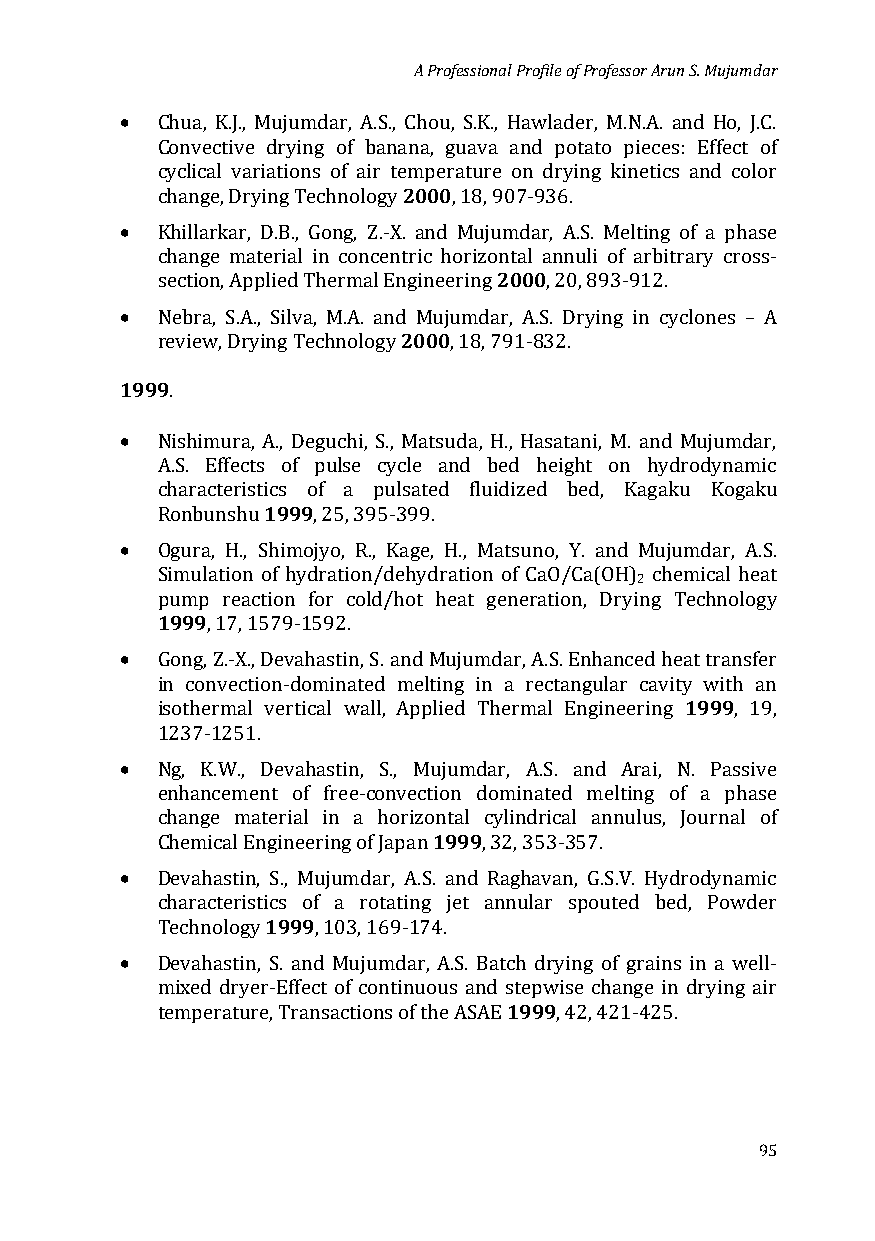
A Professional Profile of Professor Arun S. Mujumdar
 •
 Chua, K.J., Mujumdar, A.S., Chou, S.K., Hawlader, M.N.A. and Ho, J.C.
 Convective drying of bana2n0a0, 0guava and potato pieces: Effect of
 cyclical variations of air temperature on drying kinetics and color
 •
 change, Drying Technology , 18, 907-936.
 Khillarkar, D.B., Gong, Z.-X. and Muju2m0d0a0r, A.S. Melting of a phase
 change material in concentric horizontal annuli of arbitrary cross-
 •
 section, Applied Thermal Engineering , 20, 893-912.
 2000
 Nebra, S.A., Silva, M.A. and Mujumdar, A.S. Drying in cyclones – A
 1999review, Drying Technology , 18, 791-832.
 •  .
 Nishimura, A., Deguchi, S., Matsuda, H., Hasatani, M. and Mujumdar,
 A.S. Effects1 9o9f 9pulse cycle and bed height on hydrodynamic
 characteristics of a pulsated fluidized bed, Kagaku Kogaku
 •
 Ronbunshu  , 25, 395-399.
 Ogura, H., Shimojyo, R., Kage, H., Matsuno, Y. and Mujumdar, A.S.
 2
 S1i9m9u9lation of hydration/dehydration of CaO/Ca(OH) chemical heat
 pump reaction for cold/hot heat generation, Drying Technology
 •
 , 17, 1579-1592.
 Gong, Z.-X., Devahastin, S. and Mujumdar, A.S. Enhanced hea1t9 t9ra9nsfer
 in convection-dominated melting in a rectangular cavity with an
 isothermal vertical wall, Applied Thermal Engineering , 19,
 •
 1237-1251.
 Ng, K.W., Devahastin, S., Mujumdar, A.S. and Arai, N. Passive
 enhancement of free-convect1io9n9 9dominated melting of a phase
 change material in a horizontal cylindrical annulus, Journal of
 •
 Chemical Engineering of Japan , 32, 353-357.
 Devahastin, 1S9., 9M9ujumdar, A.S. and Raghavan, G.S.V. Hydrodynamic
 characteristics of a rotating jet annular spouted bed, Powder
 •
 Technology , 103, 169-174.
 Devahastin, S. and Mujumdar, A.S. Batc1h9 9d9rying of grains in a well-
 mixed dryer-Effect of continuous and stepwise change in drying air
 temperature, Transactions of the ASAE , 42, 421-425.
 95